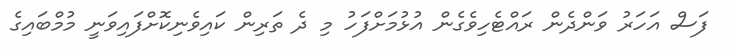
ފަސް އަހަރު ވަންދެން ރައްޓެހިވެގެން އުޅުމަށްފަހު މި ދެ ތަރިން ކައިވެނިކޮށްފައިވަނީ މުމްބައިގެ